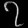
Digit: ၇